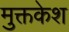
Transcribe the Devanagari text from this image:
मुक्तकेश